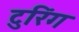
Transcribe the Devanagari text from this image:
टुरिंग